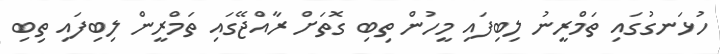
ހުޅަނގުގައި ތަމްރީނު ލިބިފައި މީހުން ތިބި ގޮތަށް ރާއްޖޭގައި ތަމްރީން ލިބިފައި ތިބި